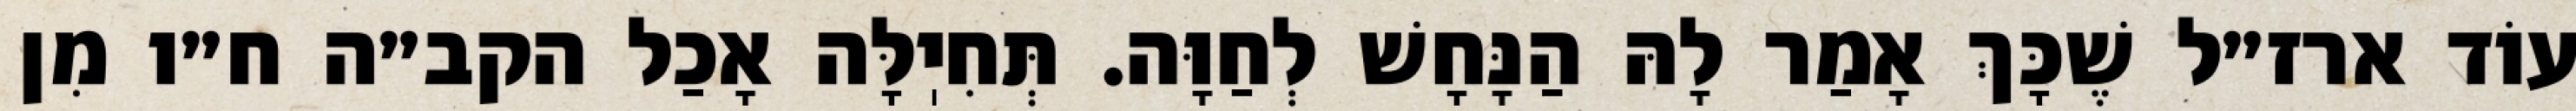
עוֹד ארז״ל שֶׁכָּךְ אָמַר לָהּ הַנָּחָשׁ לְחַוָּה. תְּחִיֽלָּה אָכַל הקב״ה ח״ו מִן